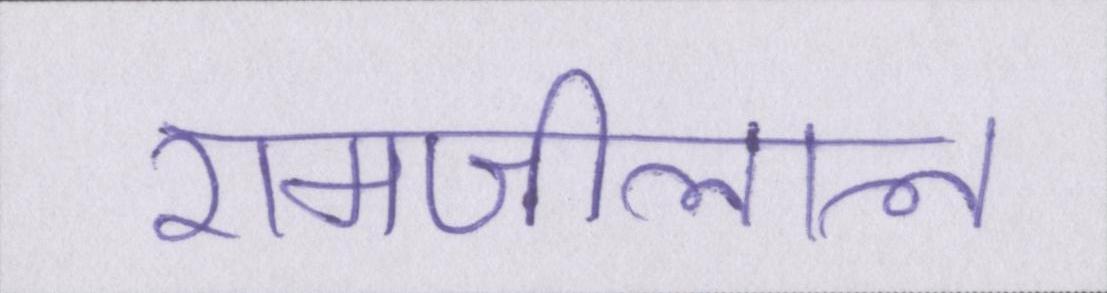
रामजीलाल